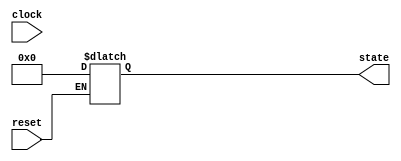
module ResetConditionBlock (
    input wire reset,         // Reset signal (active-high or active-low)
    input wire clock,        // Clock signal (optional)
    output reg [7:0] state   // Example state output (8 bits)
);

// Parameter to define reset behavior
parameter RESET_VALUE = 8'b00000000;  // Predefined reset value
parameter RESET_TYPE = "ASYNC";         // "ASYNC" or "SYNC"

// Asynchronous Reset Logic
always @* begin
    if (RESET_TYPE == "ASYNC") begin
        if (reset) begin
            state = RESET_VALUE;        // Set state to reset value immediately
        end
    end
end

// Synchronous Reset Logic
always @(posedge clock) begin
    if (RESET_TYPE == "SYNC") begin
        if (reset) begin
            state <= RESET_VALUE;       // Set state at the clock edge
        end
        else begin
            // Regular operational behavior (update the state as required)
            // Example: state <= state + 1; // Increment state (modify as per design)
        end
    end
end

endmodule